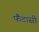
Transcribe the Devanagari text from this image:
फैंटासी